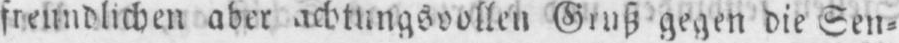
freundlichen aber achtungsvollen Gruß gegen die Sen⸗